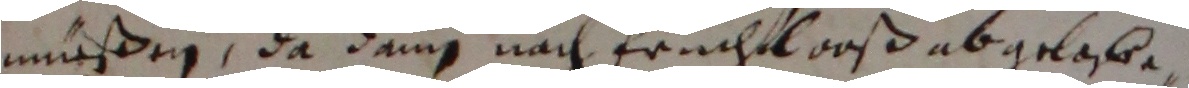
müßen, da dann nach fruchtlboß abgelaße